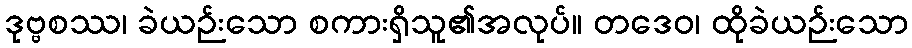
ဒုဗ္ဗစဿ၊ ခဲယဉ်းသော စကားရှိသူ၏အလုပ်။ တဒေဝ၊ ထိုခဲယဉ်းသော